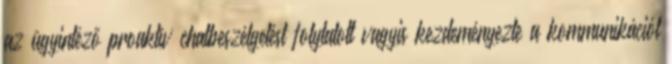
az ügyintéző proaktív chatbeszélgetést folytatott vagyis kezdeményezte a kommunikációt